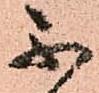
不